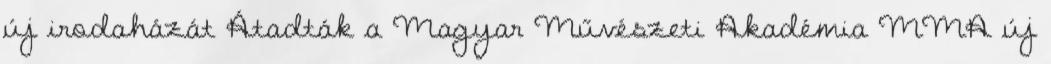
új irodaházát Átadták a Magyar Művészeti Akadémia MMA új